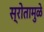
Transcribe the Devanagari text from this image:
स्रोतामुळे